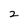
Character: 2